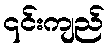
၎င်းကျည်